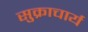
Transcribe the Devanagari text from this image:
सुक्राचार्य